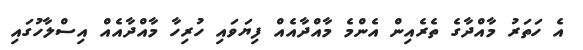
އެ ހަތަރު މާއްދާގެ ތެރެއިން އެންމެ މާއްދާއެއް ފިޔަވައި ހުރިހާ މާއްދާއެއް އިސްލާހުގައި